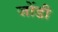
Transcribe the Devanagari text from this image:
जोंडी